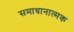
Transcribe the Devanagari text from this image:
समाधानात्मक